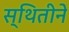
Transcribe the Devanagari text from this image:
स्थितीने